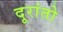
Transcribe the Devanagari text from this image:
दूरांतो